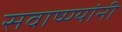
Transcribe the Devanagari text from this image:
सवाष्ण्यांनी